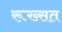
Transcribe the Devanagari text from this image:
रूख्सत